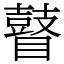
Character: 瞽